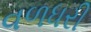
વળધરી